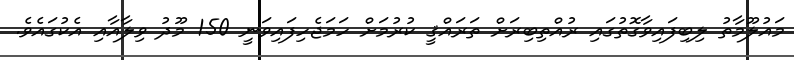
މައުލޫމާތު ލިބިފައިވާގޮތުގައި ރުއްތިބިރަށް ތަރައްޤީ ކުރުމަށް ހަމަޖެހިފައިވަނީ 150 މޫދު ވިލާއާއި އެކުގައެވެ.